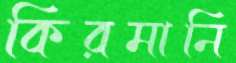
কিরমানি